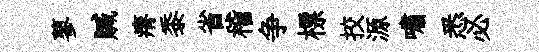
蓼贓瘠黍省稽争標挍源嘯悉必